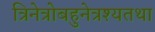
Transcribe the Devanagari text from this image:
त्रिनेत्रोबहुनेत्रश्यतथा